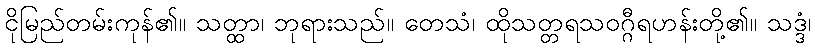
ငိုမြည်တမ်းကုန်၏။ သတ္ထာ၊ ဘုရားသည်။ တေသံ၊ ထိုသတ္တရသဝဂ္ဂီရဟန်းတို့၏။ သဒ္ဒံ၊